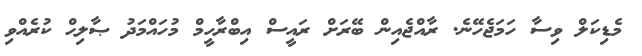
މެޑިކަލް ވިސާ ހަމަޖެހޭނެ. ރާއްޖެއިން ބޭރަށް ރައީސް އިބްރާހީމް މުހައްމަދު ޞާލިޙް ކުރެއްވި